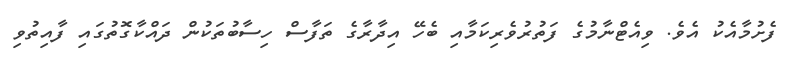
ފެށުމާއެކު އެވެ. ވިއެޓްނާމުގެ ފަތުރުވެރިކަމާއި ބެހޭ އިދާރާގެ ތަފާސް ހިސާބުތަކުން ދައްކާގޮތުގައި ފާއިތުވި